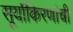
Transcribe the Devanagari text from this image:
सूर्याकिरणांची